Vaccination in Bombay 1924-1928 - 1924-1928
Year: 1924
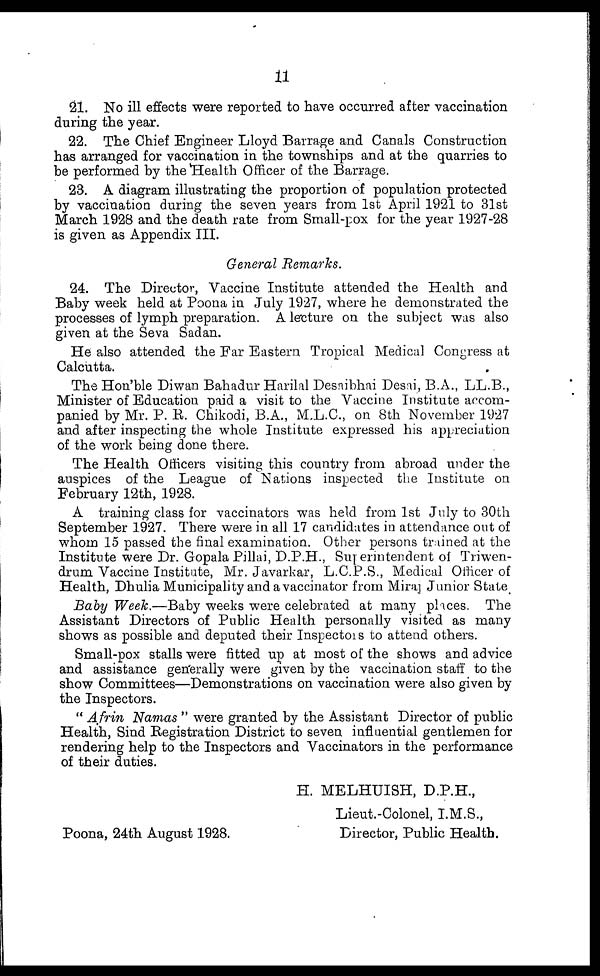
11
21. No ill effects were reported to have occurred after vaccination
during the year.
22. The Chief Engineer Lloyd Barrage and Canals Construction
has arranged for vaccination in the townships and at the quarries to
be performed by the Health Officer of the Barrage.
23. A diagram illustrating the proportion of population protected
by vaccination during the seven years from 1st April 1921 to 31st
March 1928 and the death rate from Small-pox for the year 1927-28
is given as Appendix III.
General Remarks.
24. The Director, Vaccine Institute attended the Health and
Baby week held at Poona in July 1927, where he demonstrated the
processes of lymph preparation. A lecture on the subject was also
given at the Seva Sadan.
He also attended the Far Eastern Tropical Medical Congress at
Calcutta.
The Hon'ble Diwan Bahadur Harilal Desaibhai Desai, B.A., LL.B.,
Minister of Education paid a visit to the Vaccine Institute accom-
panied by Mr. P. R. Chikodi, B.A., M.L.C., on 8th November 1927
and after inspecting the whole Institute expressed his appreciation
of the work being done there.
The Health Officers visiting this country from abroad under the
auspices of the League of Nations inspected the Institute on
February 12th, 1928.
A training class for vaccinators was held from 1st July to 30th
September 1927. There were in all 17 candidates in attendance out of
whom 15 passed the final examination. Other persons trained at the
Institute were Dr. Gopala Pillai, D.P.H., Superintendent of Triwen¬
drum Vaccine Institute, Mr. Javarkar, L.C.P.S., Medical Officer of
Health, Dhulia Municipality and a vaccinator from Miraj Junior State
Baby Week.—Baby weeks were celebrated at many places. The
Assistant Directors of Public Health personally visited as many
shows as possible and deputed their Inspectors to attend others.
Small-pox stalls were fitted up at most of the shows and advice
and assistance generally were given by the vaccination staff to the
show Committees—Demonstrations on vaccination were also given by
the Inspectors.
" Afrin Namas " were granted by the Assistant Director of public
Health, Sind Registration District to seven influential gentlemen for
rendering help to the Inspectors and Vaccinators in the performance
of their duties.
H. MELHUISH, D.P.H.,
Lieut.-Colonel, I.M.S.,
Director, Public Health.
Poona, 24th August 1928.